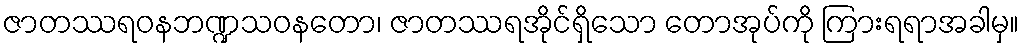
ဇာတဿရဝနဘဏ္ဍသဝနတော၊ ဇာတဿရအိုင်ရှိသော တောအုပ်ကို ကြားရရာအခါမှ။